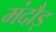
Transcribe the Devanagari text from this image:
मंदौड़